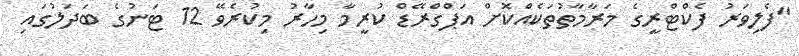
"ފެލިވަރު ފެކްޓްރީގެ މަރާމާތުތަކެއްކޮށް އަޕްގްރޭޑް ކުރީމާ މިހާރު މިކުރެވޭ 12 ޓަނުގެ ބަދަލުގައި